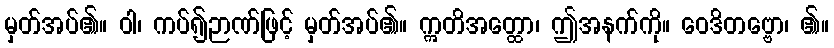
မှတ်အပ်၏။ ဝါ၊ ကပ်၍ဉာဏ်ဖြင့် မှတ်အပ်၏။ ဣတိအတ္ထော၊ ဤအနက်ကို။ ဝေဒိတဗ္ဗော၊ ၏။